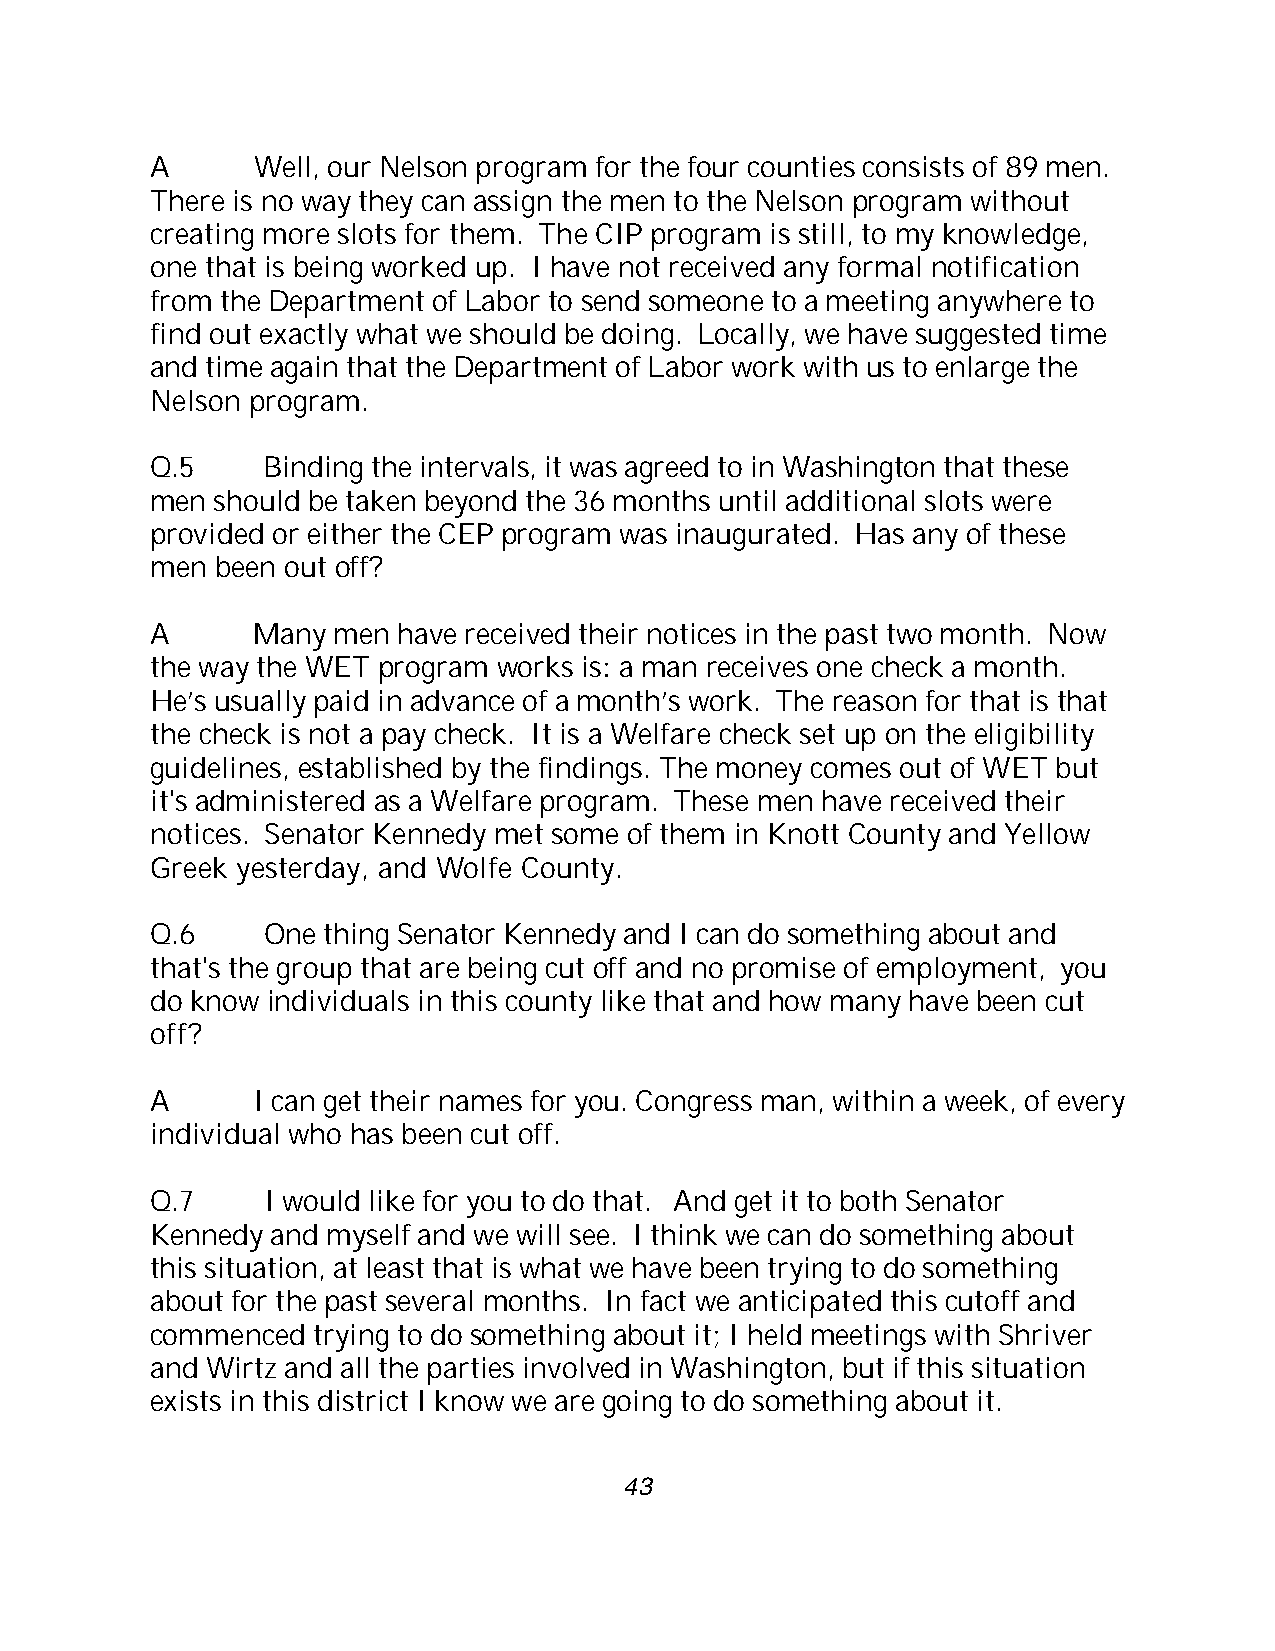
A      Well, our Nelson program for the four counties consists of 89 men.
 There is no way they can assign the men to the Nelson program without
 creating more slots for them. The CIP program is still, to my knowledge,
 one that is being worked up. I have not received any formal notification
 from the Department of Labor to send someone to a meeting anywhere to
 find out exactly what we should be doing. Locally, we have suggested time
 and time again that the Department of Labor work with us to enlarge the
 Nelson program.
 Q.5    Binding the intervals, it was agreed to in Washington that these
 men should be taken beyond the 36 months until additional slots were
 provided or either the CEP program was inaugurated. Has any of these
 men been out off?
 A      Many men have received their notices in the past two month. Now
 the way the WET program works is: a man receives one check a month.
 He’s usually paid in advance of a month’s work. The reason for that is that
 the check is not a pay check. It is a Welfare check set up on the eligibility
 guidelines, established by the findings. The money comes out of WET but
 it's administered as a Welfare program. These men have received their
 notices. Senator Kennedy met some of them in Knott County and Yellow
 Greek yesterday, and Wolfe County.
 Q.6     One thing Senator Kennedy and I can do something about and
 that's the group that are being cut off and no promise of employment, you
 do know individuals in this county like that and how many have been cut
 off?
 A      I can get their names for you. Congress man, within a week, of every
 individual who has been cut off.
 Q.7     I would like for you to do that. And get it to both Senator
 Kennedy and myself and we will see. I think we can do something about
 this situation, at least that is what we have been trying to do something
 about for the past several months. In fact we anticipated this cutoff and
 commenced  trying to do something about it; I held meetings with Shriver
 and Wirtz and all the parties involved in Washington, but if this situation
 exists in this district I know we are going to do something about it.
 43